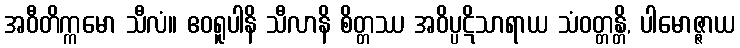
အဝီတိက္ကမော သီလံ။ ဧဝရူပါနိ သီလာနိ စိတ္တဿ အဝိပ္ပဋိသာရာယ သံဝတ္တန္တိ, ပါမောဇ္ဇာယ